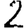
Digit: 2